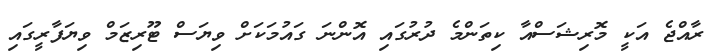
ރާއްޖެ އަކީ މޮރިޝަސްއާ ކިތަންމެ ދުރުގައި އޮންނަ ގައުމަކަށް ވިޔަސް ޓޫރިޒަމް ވިޔަފާރީގައި